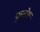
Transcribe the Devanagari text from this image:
कुन्डेरू